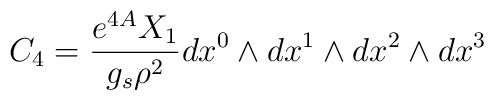
C_4 = { e^{4A} X_1 \over g_s \rho^2} dx^0 \wedge dx^1 \wedge dx^2 \wedge dx^3